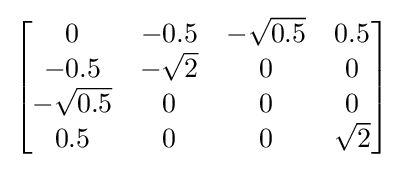
{\begin{bmatrix}0&-0.5&-{\sqrt {0.5}}&0.5\\-0.5&-{\sqrt {2}}&0&0\\-{\sqrt {0.5}}&0&0&0\\0.5&0&0&{\sqrt {2}}\\\end{bmatrix}}